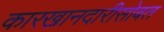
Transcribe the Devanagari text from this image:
कारखानदारीसोबत